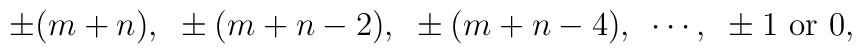
\pm (m+n),~\pm (m+n-2),~\pm (m+n-4),~\cdots,~\pm 1~{\rm or}~0,